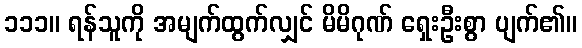
၁၁၁။ ရန်သူကို အမျက်ထွက်လျှင် မိမိဂုဏ် ရှေးဦးစွာ ပျက်၏။